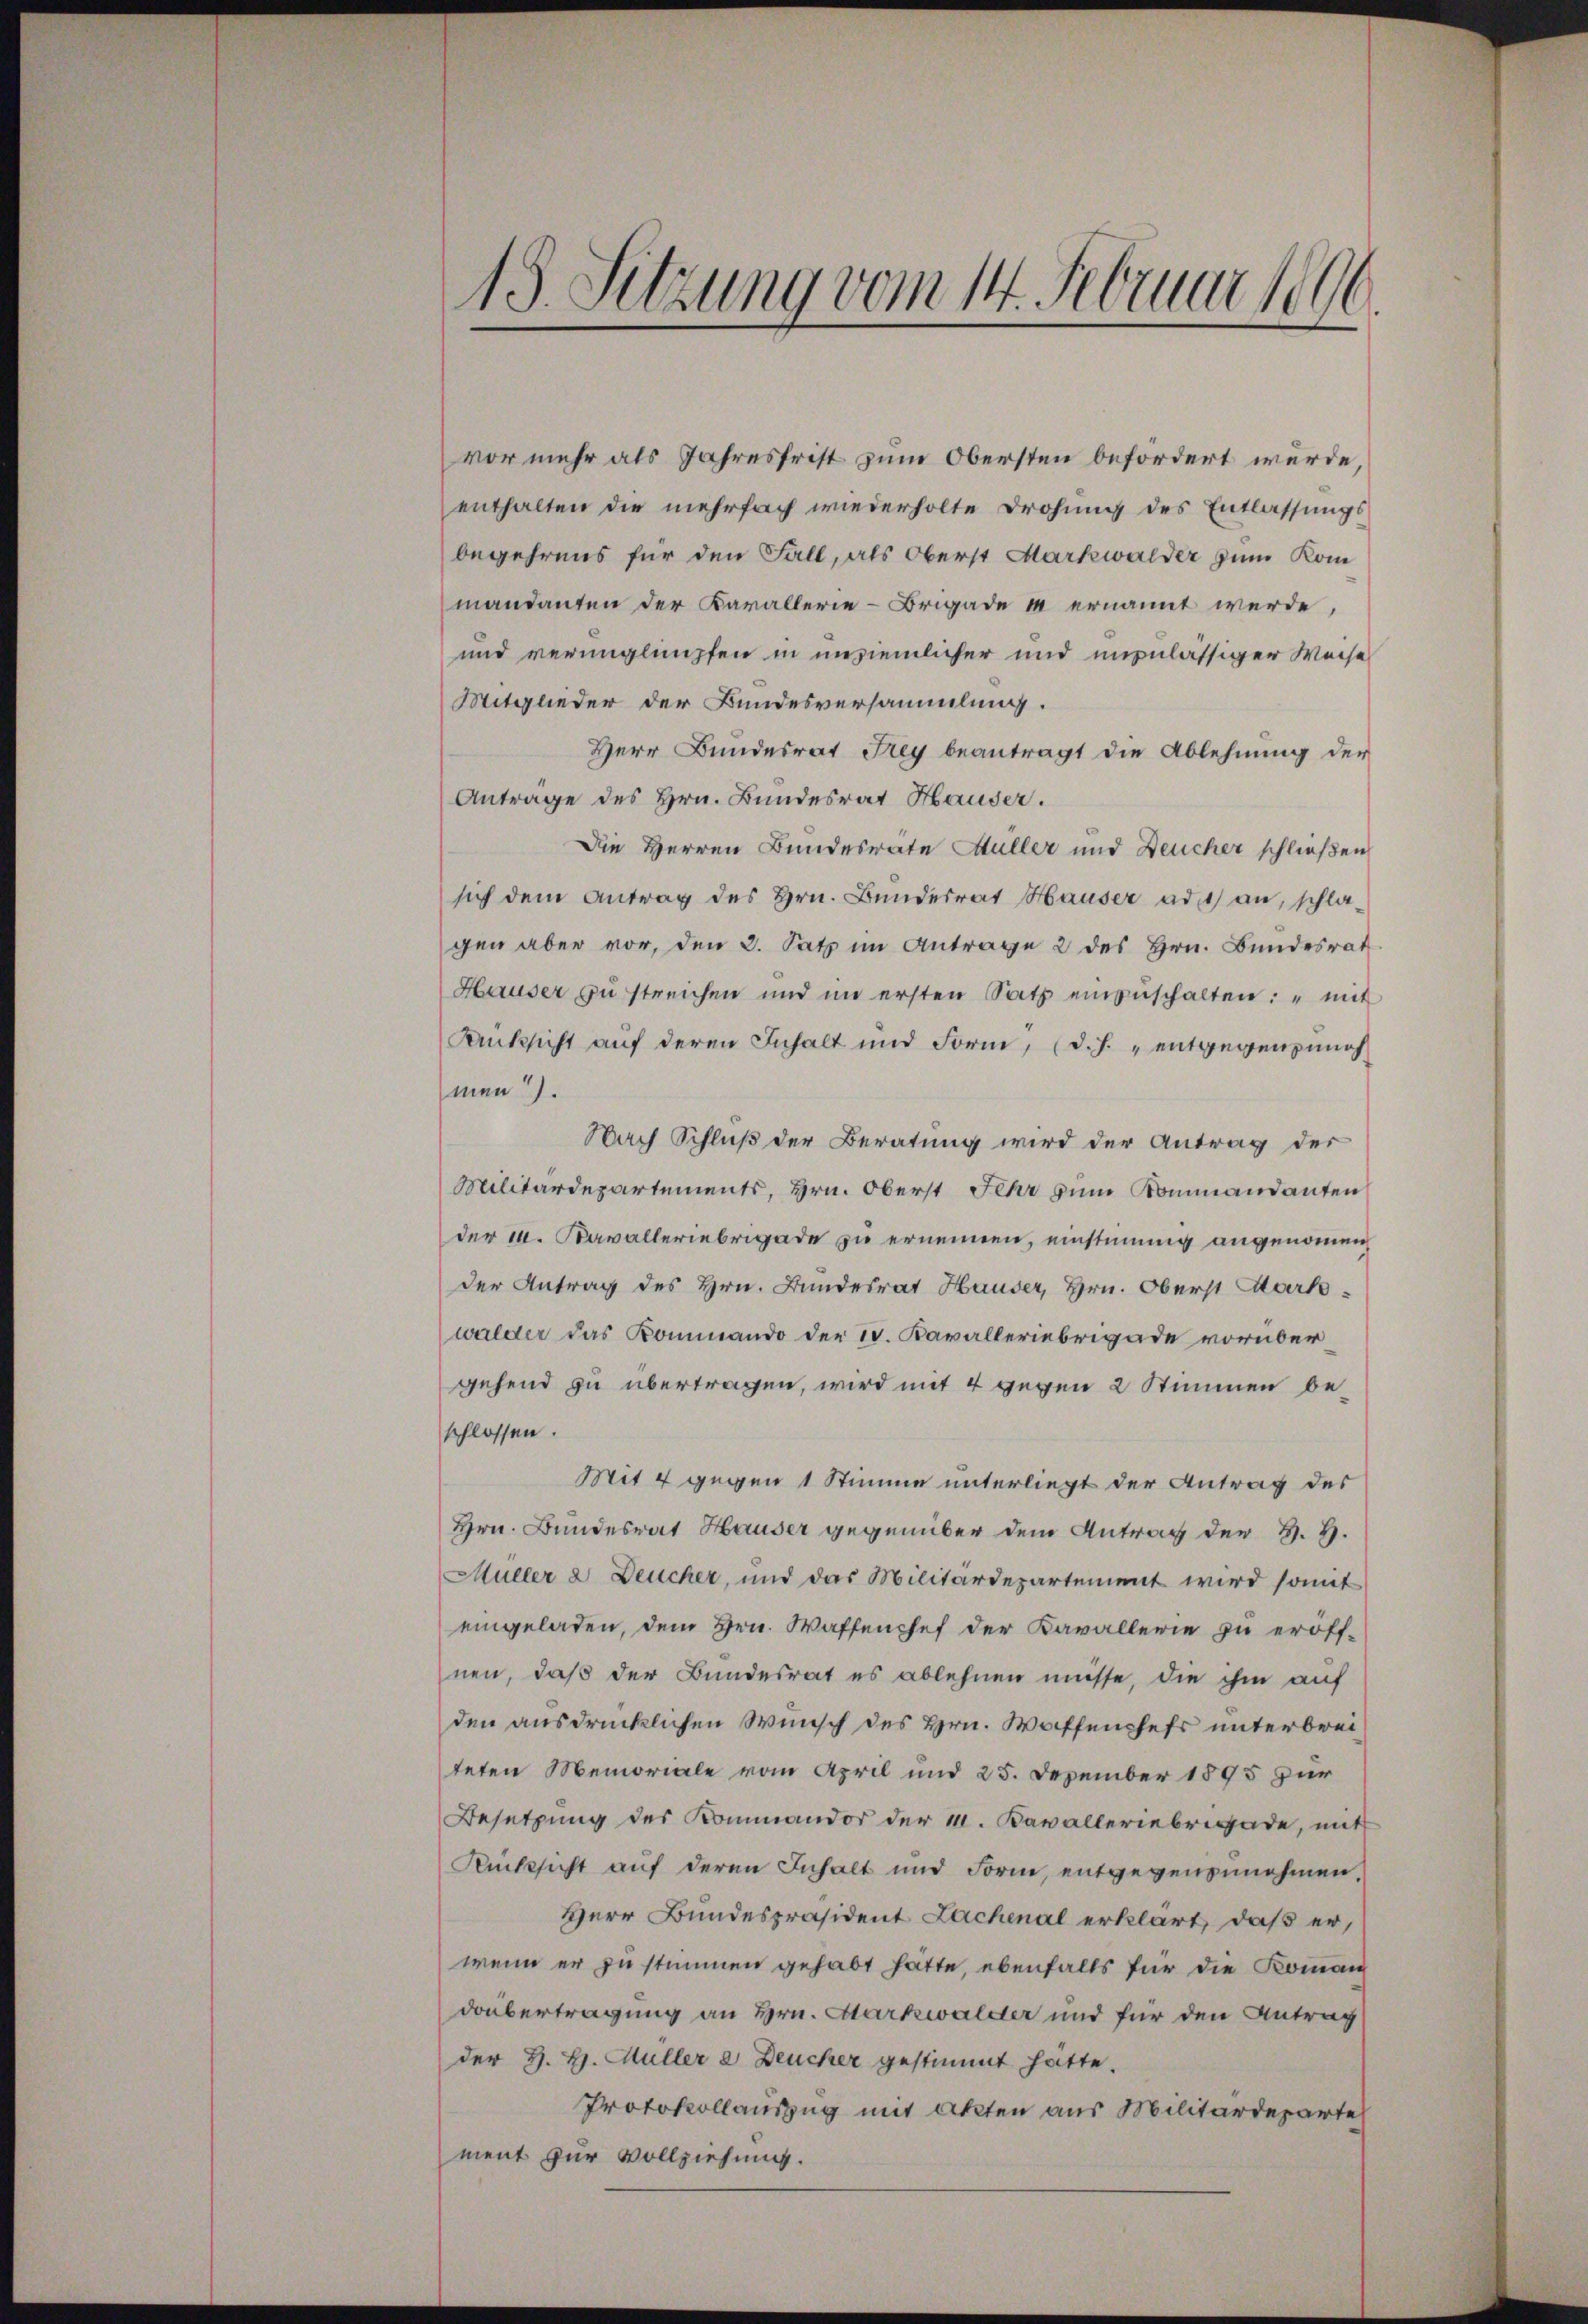
¬
13. Setzung vom 14. Februar 1896

vor mehr als Jahresfrist zum Obersten befordert wurde,
enthalten die mehrfach wiederholte Drohung des Entlassungs
begehrens für den Fall, als Oberst Markwalder zum Kommandanten der Karallerie-Brigade in ernannt werde,
und verunglimpfen in unziemlicher und unzulässiger Weise
Mitglieder der Bundesversammlung.
Herr Bundesrat Frey beantragt die Ablehnung der
Antrage des Hrn. Bundesrat Hauser.
Die Herren Bundesrate Müller und Deucher schließen
sich dem Antrag des Hrn. Bundesrat Hauser ad 1) an, schlagen aber vor, den 3. Satz im Antrage 2 des Hrn. Bundesrat
Hauser zu streichen und im ersten Satz einzŭschalten: " mit
Rüksicht auf deren Inhalt und Form, (d. h. entgegenpundh
men).
Nach Schluß der Beratung wird der Antrag der
Militärdepartements, Hrn. Oberst Fehr zum Kommandanten
der 10. Kavalleriebrigade zu ernennen, einstimmig angenommen
der Antrag des Hrn. Bundesrat Hauser, Hrn. Oberst Markwalder das Kommando der IV. Kavalleriebrigade vorübergehend zu übertragen, wird mit 4 gegen 2 Stimmen beschlossen.
Mit 4 gegen 1 Stimme unterliegt der Antrag des
Hrn. Bundesrat Hauser gegenüber dem Antrag der H. H.
Müller 2 Deucher, und das Militärdepartement wird somit
eingeladen, dem Hrn. Waffenchef der Kavallerie zu eröffnen, daß der Bundesrat es ablehnen müsse, die ihm auf
den ausdrücklichen Wunsch des Hrn. Waffenheft unterbreiteten Memoriale vom April und 25. Dezember 1895 zur
Besetzung des Kommandor der M. Kavalleriebrigade, mit
Rücksicht auf deren Inhalt und Form, entgegenzunehmen,
Herr Bundespräsident Lachenal erklärt, daß er,
wenn er zu stimmen gehabt hätte, ebenfalls für die Komman
drübertragung an Hrn. Markwalder und für den Antrag
der H. H. Müller e Deucher gestimmt hätte.
Protokollauszug mit Akten aus Militärdeparte
ment zur Vollziehung.